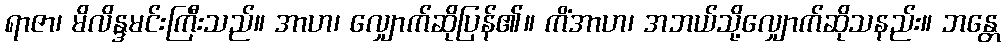
ရာဇာ၊ မိလိန္ဒမင်းကြီးသည်။ အာဟ၊ လျှောက်ဆိုပြန်၏။ ကိံအာဟ၊ အဘယ်သို့လျှောက်ဆိုသနည်း။ ဘန္တေ